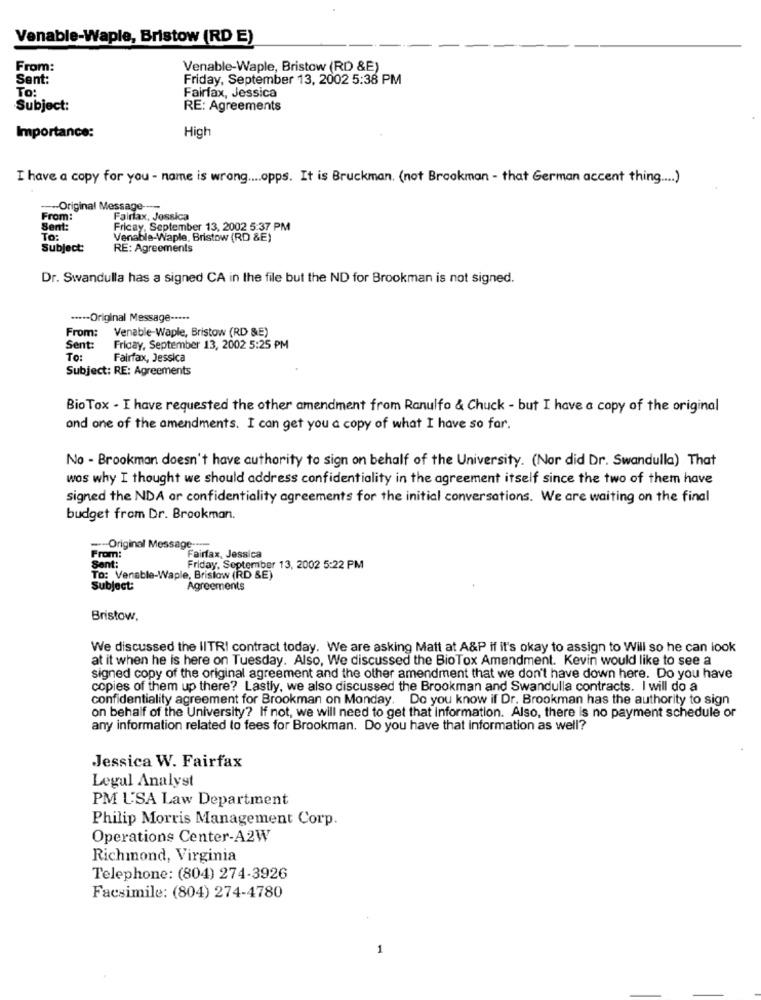
Venable-Waple, Bristow (RD E)
From:
Venable-Waple, Bristow (RD &E)
Sent:
Friday, September 13, 2002 5:38 PM
To:
Fairfax, Jessica
Subject:
RE: Agreements
Importance:
High
I have a copy for you - name is wrong .... opps. It is Bruckman. (not Brookman - that German accent thing .... )
-Original Message --
From:
Fairfax, Jessica
Sent:
Fricay, September 13, 2002 5:37 PM
To:
Venable-Waple, Bristow (RD &E)
Subject:
RE: Agreements
Dr. Swandulla has a signed CA in the file but the ND for Brookman is not signed.
***-- Original Message -····
From:
Venable-Waple, Bristow (RD &E)
Sent:
Friday, September 13, 2002 5:25 PM
To:
Fairfax, Jessica
Subject: RE: Agreements
Bio Tox - I have requested the other amendment from Ranulfo & Chuck - but I have a copy of the original
and one of the amendments. I can get you a copy of what I have so far.
No - Brookman doesn't have authority to sign on behalf of the University. (Nor did Dr. Swandulla) That
wos why I thought we should address confidentiality in the agreement itself since the two of them have
signed the NDA or confidentiality agreements for the initial conversations. We are waiting on the final
budget from Dr. Brookman.
-- Original Message ----
From:
Fairfax, Jessica
Sent:
Friday, September 13, 2002 5:22 PM
To: Venable-Waple, Bristow (RD &E)
Subject:
Agreements
Bristow,
We discussed the IITRI contract today. We are asking Matt at A&P if it's okay to assign to Will so he can look
at it when he is here on Tuesday. Also, We discussed the BioTox Amendment. Kevin would like to see a
signed copy of the original agreement and the other amendment that we don't have down here. Do you have
copies of them up there? Lastly, we also discussed the Brookman and Swandulla contracts. I will do a
confidentiality agreement for Brookman on Monday. Do you know if Dr. Brookman has the authority to sign
on behalf of the University? If not, we will need to get that information. Also, there is no payment schedule or
any information related to fees for Brookman. Do you have that Information as well?
Jessica W. Fairfax
Legal Analyst
PM U'SA Law Department
Philip Morris Management Corp.
Operations Center-A2W
Richmond, Virginia
Telephone: (804) 274-3926
Facsimile: (804) 274-4780